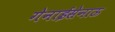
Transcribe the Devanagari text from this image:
गेनाईसेनाऊ